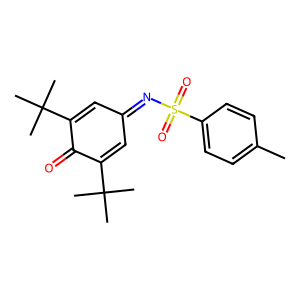
SMILES: Cc1ccc(S(=O)(=O)N=C2C=C(C(C)(C)C)C(=O)C(C(C)(C)C)=C2)cc1
Inhibits HIV replication: No